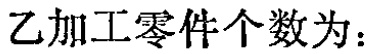
乙加工零件个数为：